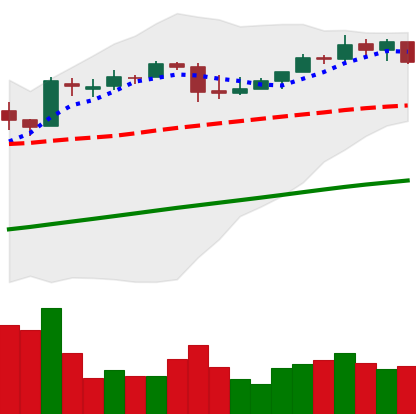
Ticker: BTC-USD
Chart end date: 2017-04-23
Forward return: 9.052%
Label: up_7plus